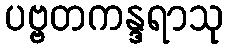
ပဗ္ဗတကန္ဒရာသု